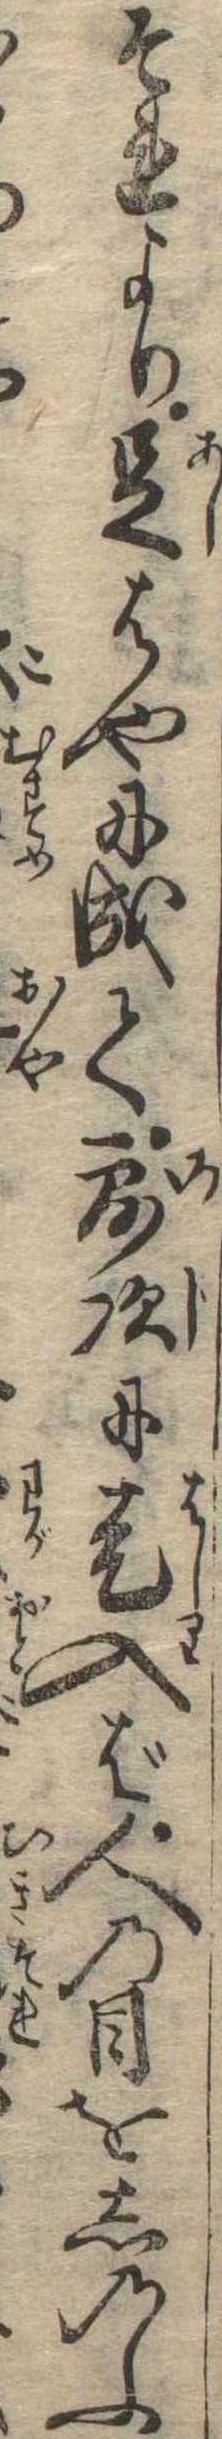
それより足はやに成て露次に走入ば人の目をしのふ